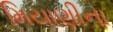
મિયાણીના